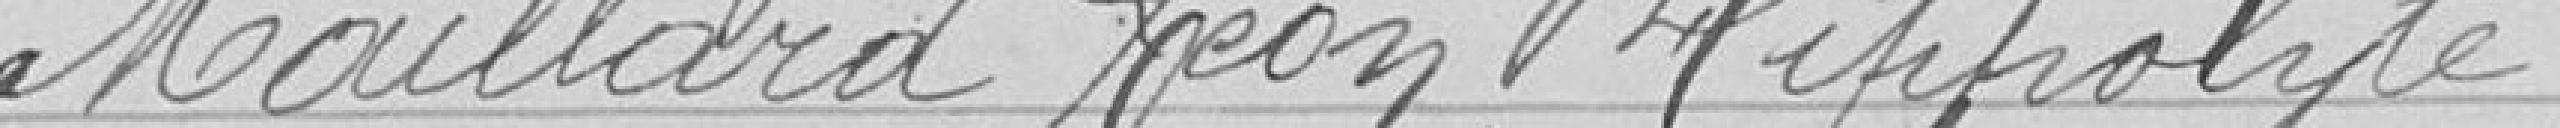
Maillard Léon Hippolyte